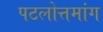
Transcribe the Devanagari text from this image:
पटलोत्तमांग